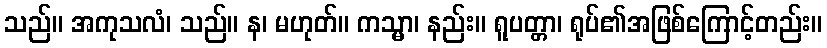
သည်။ အကုသလံ၊ သည်။ န၊ မဟုတ်။ ကသ္မာ၊ နည်း။ ရူပတ္တာ၊ ရုပ်၏အဖြစ်ကြောင့်တည်း။